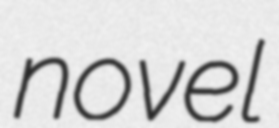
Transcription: novel